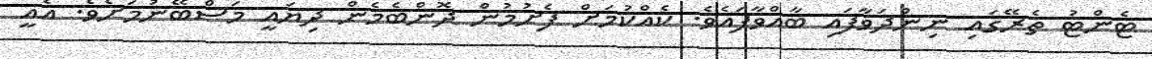
ޓެންޓު ތެރޭގައި ނިންދަވާފައި ބާއްވާފައެވެ. ކެއްކުމަށް ފެށުމުން ދޮންބެމެން ދިޔައީ މަސްބޭނުމަށެވެ. އެއީ